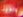
ولدينا